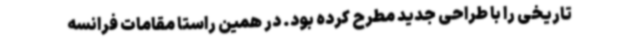
تاریخی را با طراحی جدید مطرح کرده بود. در همین راستا مقامات فرانسه